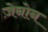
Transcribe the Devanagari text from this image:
ज़ेनोन